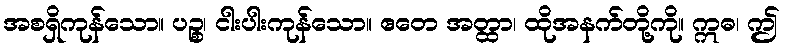
အစရှိကုန်သော။ ပဉ္စ၊ ငါးပါးကုန်သော။ ဧတေ အတ္ထာ၊ ထိုအနက်တို့ကို။ ဣဓ၊ ဤ